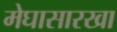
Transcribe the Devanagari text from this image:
मेघासारखा